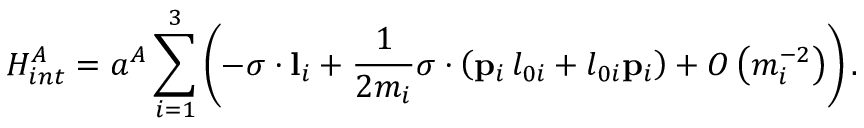
H _ { i n t } ^ { A } = a ^ { A } \sum _ { i = 1 } ^ { 3 } \left( - \sigma \cdot { \bf l } _ { i } + \frac 1 { 2 m _ { i } } \sigma \cdot \left( { \bf p } _ { i } \, l _ { 0 i } + l _ { 0 i } { \bf p } _ { i } \right) + O \left( m _ { i } ^ { - 2 } \right) \right) .